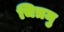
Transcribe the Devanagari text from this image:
चित्रमु